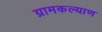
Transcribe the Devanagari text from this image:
ग्रामकल्याण